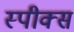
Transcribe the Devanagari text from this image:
स्पीक्स